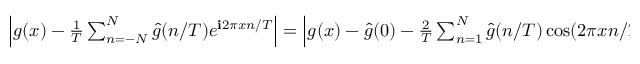
\begin{array} { r l } { \left| g ( x ) - \frac { 1 } { T } \sum _ { n = - N } ^ { N } \hat { g } ( n / T ) e ^ { \mathbf { i } 2 \pi x n / T } \right| = \left| g ( x ) - \hat { g } ( 0 ) - \frac { 2 } { T } \sum _ { n = 1 } ^ { N } \hat { g } ( n / T ) \cos ( 2 \pi x n / T ) \right| \le \frac { \epsilon ^ { \prime \prime } } { 3 } , ~ } & { { } ~ \forall x \in [ - \pi , \pi ] . } \end{array}